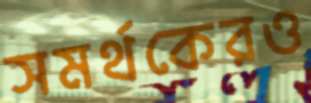
সমর্থকেরও